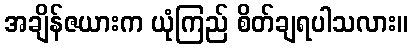
အချိန်ဇယားက ယုံကြည် စိတ်ချရပါသလား။